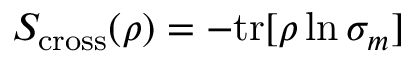
S _ { \mathrm { c r o s s } } ( \rho ) = - \mathrm { t r } [ \rho \ln \sigma _ { m } ]